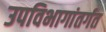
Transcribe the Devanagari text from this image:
उपविभागांतर्गत